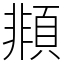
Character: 䫍